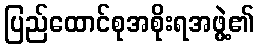
ပြည်ထောင်စုအစိုးရအဖွဲ့၏